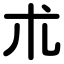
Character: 朮